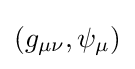
(g_{\mu \nu },\psi _{\mu })